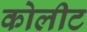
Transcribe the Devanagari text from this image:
कोलीट